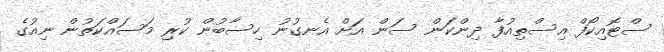
ސްޓޮއިކޯފް އިސްތިއުފާ ދިންކަން ސަން އަށް އެނގުނު ހިސާބުން ކުރި މަސައްކަތުން ނިއުގެ